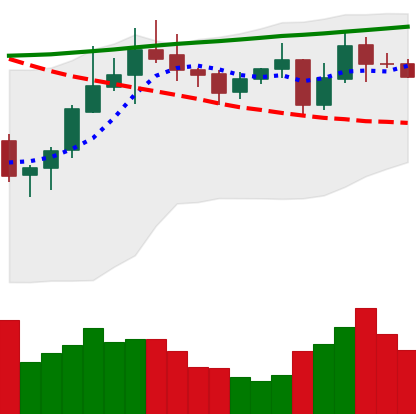
Ticker: ADA-USD
Chart end date: 2020-10-25
Forward return: -12.207%
Label: down_7plus